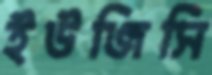
ইউজিসি